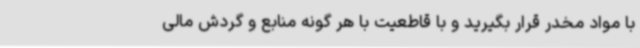
با مواد مخدر قرار بگیرید و با قاطعیت با هر گونه منابع و گردش مالی